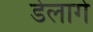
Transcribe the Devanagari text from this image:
डेलागे